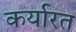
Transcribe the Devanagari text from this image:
कर्यारत